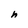
Character: h